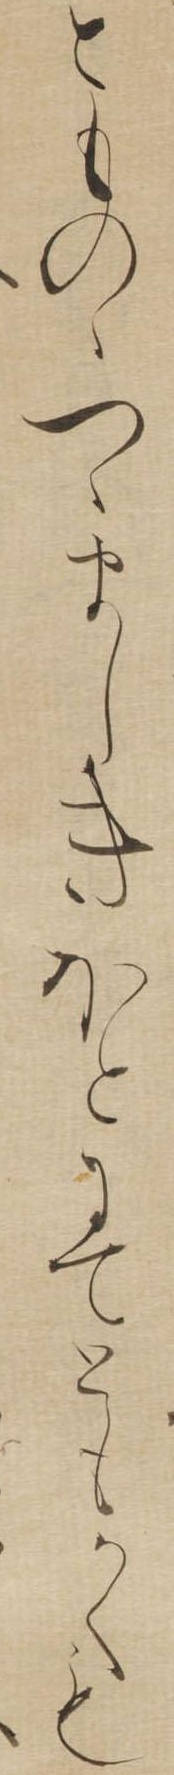
とものゝつゝましきほとにてともかくも